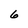
Character: 6